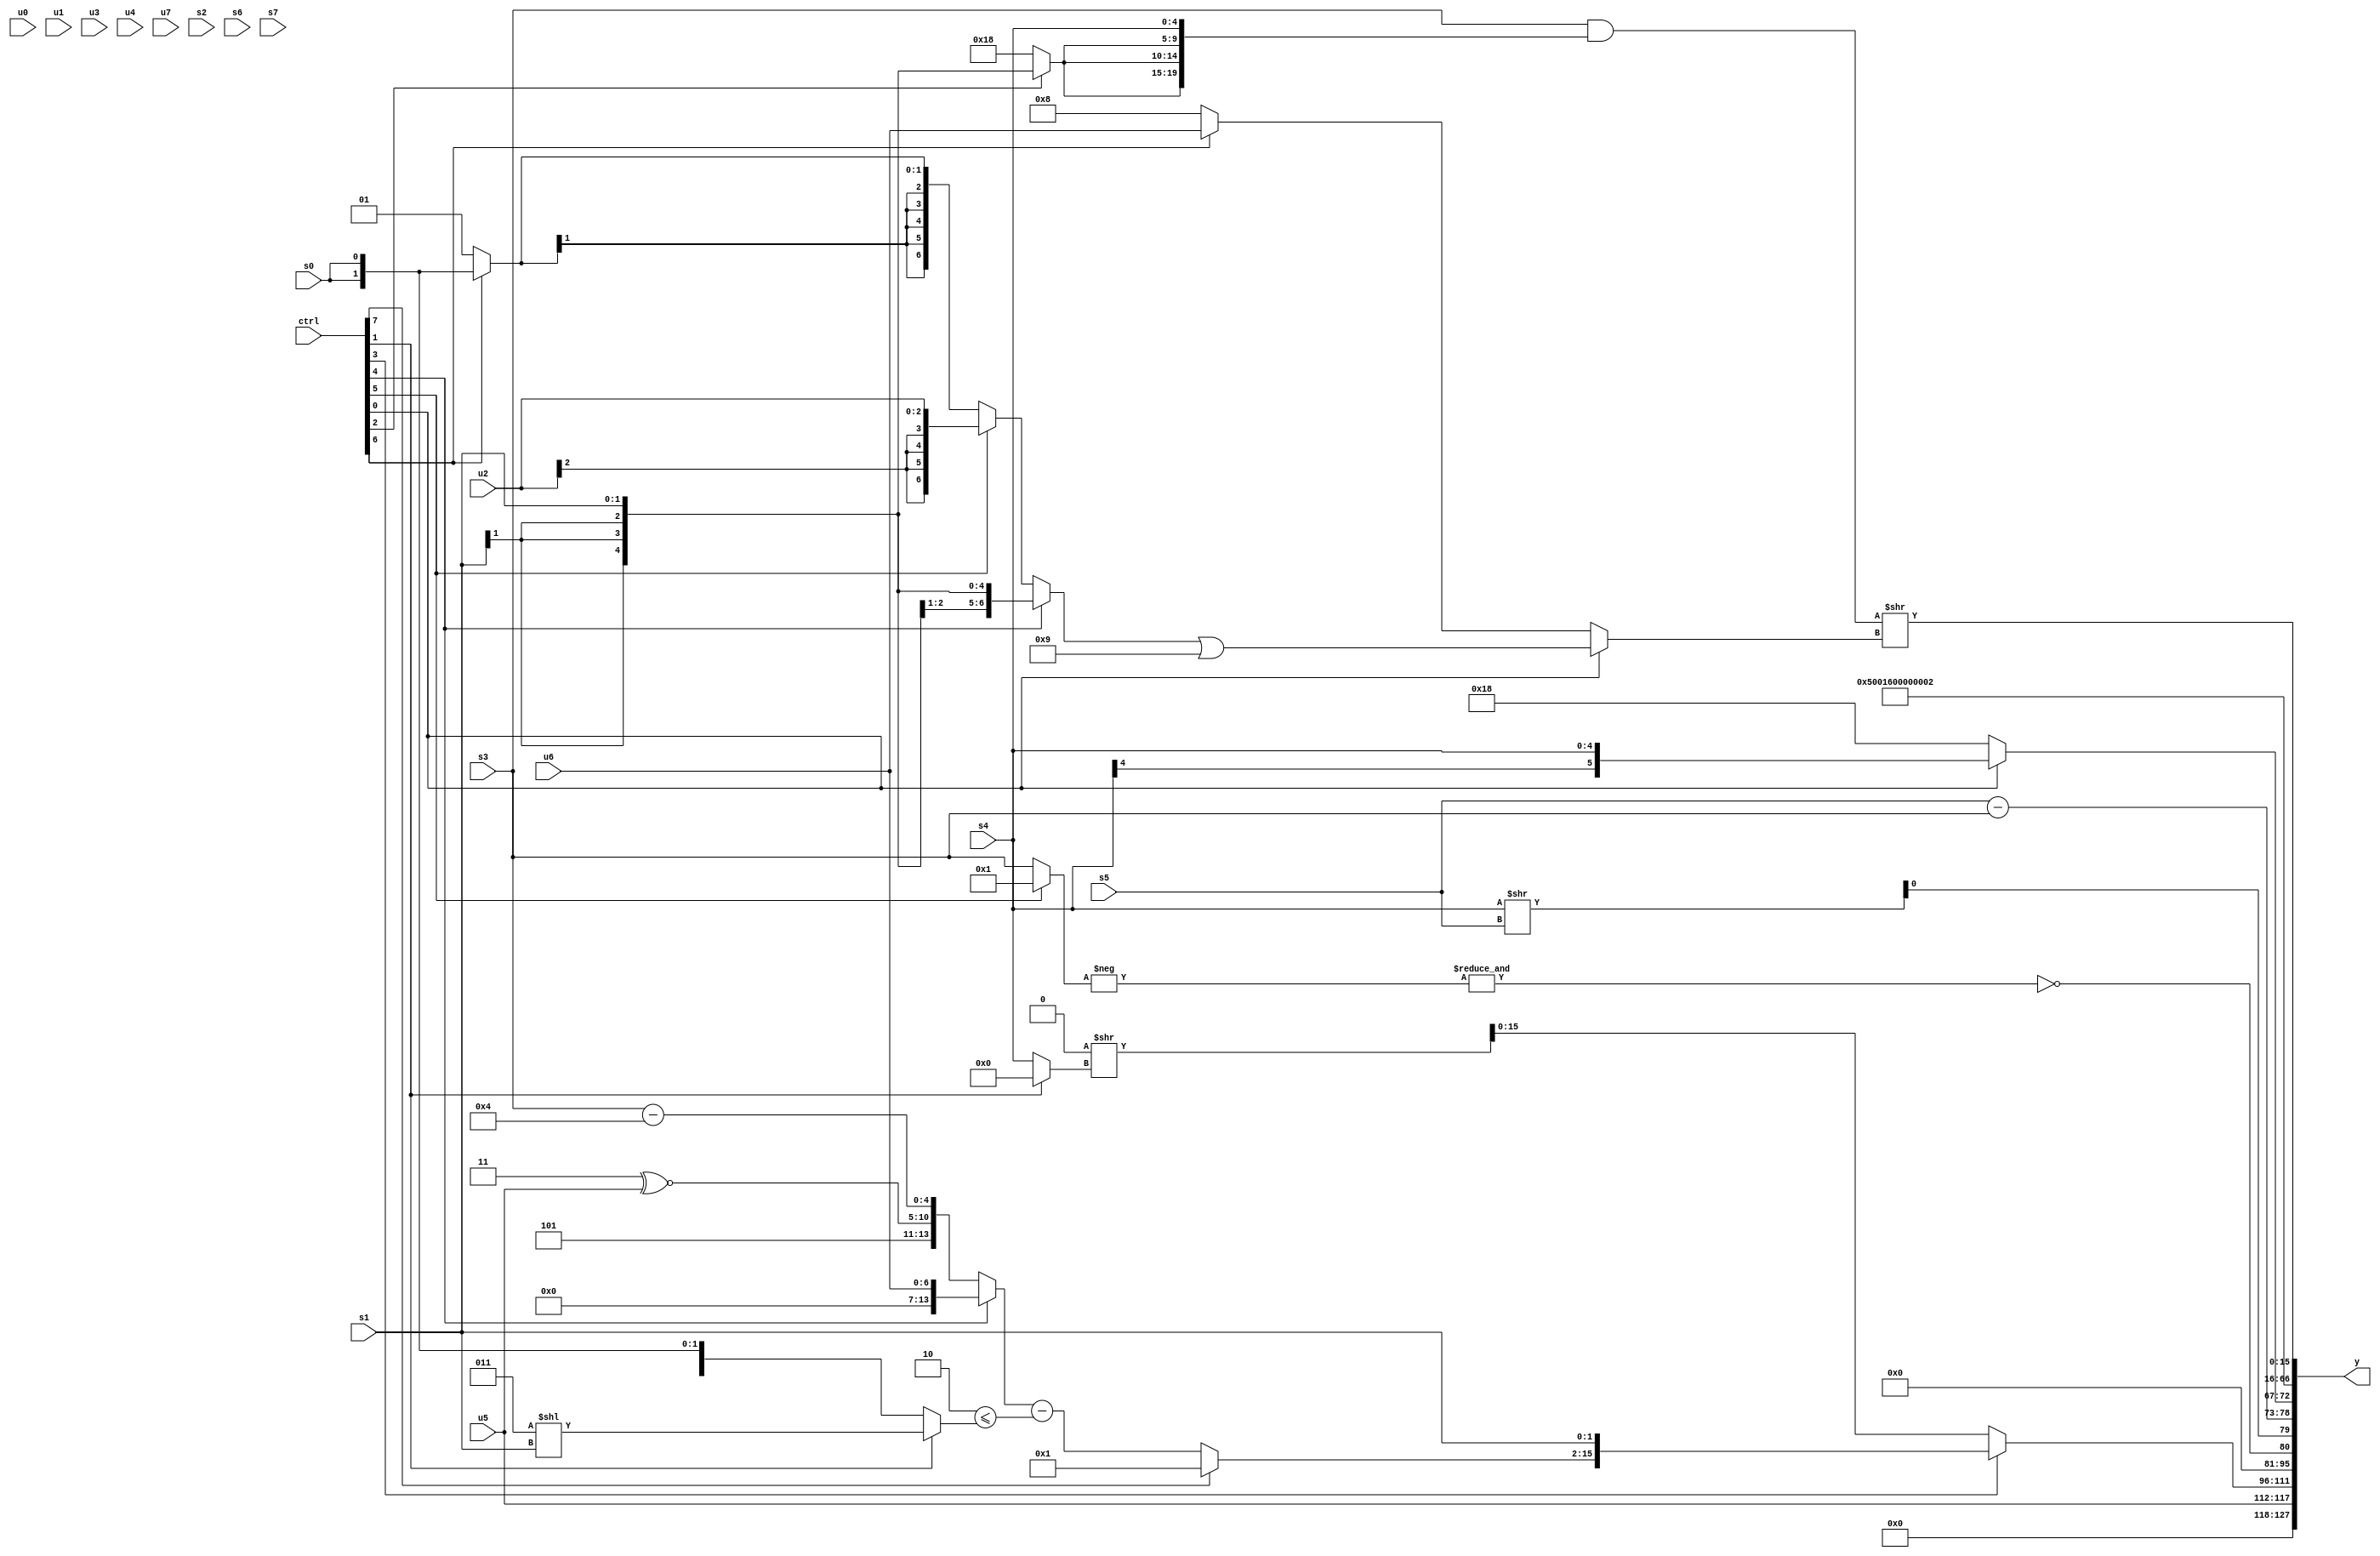
module wideexpr_00132(ctrl, u0, u1, u2, u3, u4, u5, u6, u7, s0, s1, s2, s3, s4, s5, s6, s7, y);
  input [7:0] ctrl;
  input [0:0] u0;
  input [1:0] u1;
  input [2:0] u2;
  input [3:0] u3;
  input [4:0] u4;
  input [5:0] u5;
  input [6:0] u6;
  input [7:0] u7;
  input signed [0:0] s0;
  input signed [1:0] s1;
  input signed [2:0] s2;
  input signed [3:0] s3;
  input signed [4:0] s4;
  input signed [5:0] s5;
  input signed [6:0] s6;
  input signed [7:0] s7;
  output [127:0] y;
  wire [15:0] y0;
  wire [15:0] y1;
  wire [15:0] y2;
  wire [15:0] y3;
  wire [15:0] y4;
  wire [15:0] y5;
  wire [15:0] y6;
  wire [15:0] y7;
  assign y = {y0,y1,y2,y3,y4,y5,y6,y7};
  assign y0 = u5;
  assign y1 = (ctrl[3]?$signed({+(($signed((-(5'sb11101))<($signed(1'sb0))))^((((ctrl[0]?4'sb1001:6'sb001101))+(s4))-(-((6'sb011001)>>(1'sb0))))),{($signed(s7))>=(4'b1011),3'sb001,(1'sb1)<<((s3)+(-(+(2'sb01))))},(ctrl[7]?(-(4'sb1100))>=(1'sb1):((ctrl[4]?u6:{{1'sb0},(ctrl[4]?3'sb001:6'sb011101),(2'b11)^~(u5),(s3)-(5'sb00100)}))-((-(-(2'sb10)))<=((ctrl[1]?(5'sb00011)<<(s1):s0)))),s1}):($signed(1'sb0))>>((ctrl[1]?$signed(3'sb000):s4)));
  assign y2 = {1{~&(-((ctrl[5]?2'sb01:s3)))}};
  assign y3 = {{4{($signed(s4))>>(s5)}},(s5)-(s3),$unsigned((ctrl[0]?$signed(s4):$signed((6'sb001100)<<<(5'sb00001)))),3'sb101};
  assign y4 = ({5'sb10110})>>>(3'sb000);
  assign y5 = 1'b0;
  assign y6 = 5'sb00010;
  assign y7 = {((s3)&({{4{(s5)>>(3'b111)}},{1{{3{(ctrl[2]?s1:5'sb11000)}}}},s4}))>>((ctrl[0]?((ctrl[4]?s1:(ctrl[5]?$signed(u2):(ctrl[6]?s0:2'sb01))))|(6'sb111001):(ctrl[6]?+($signed(u6)):6'sb001000)))};
endmodule